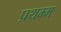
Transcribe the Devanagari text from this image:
प्रथम्म